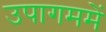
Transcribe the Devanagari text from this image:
उपागममें